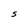
Character: S